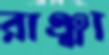
রাঞ্ঝা